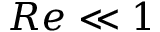
R e \ll 1